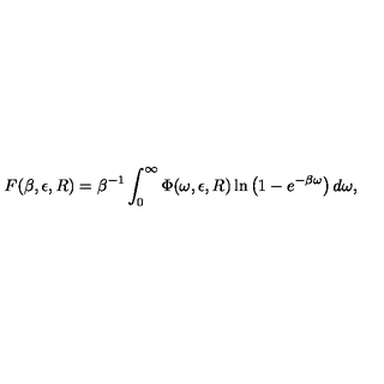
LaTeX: F ( \beta , \epsilon , R ) = \beta ^ { - 1 } \int _ { 0 } ^ { \infty } \Phi ( \omega , \epsilon , R ) \ln \left( 1 - e ^ { - \beta \omega } \right) d \omega ,